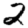
Digit: 2